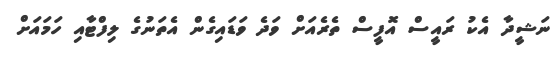
ނަޝީދާ އެކު ރައީސް އޮފީސް ތެރެއަށް ވަދެ ވަޑައިގެން އެތަނުގެ ލިފްޓާއި ހަމައަށް